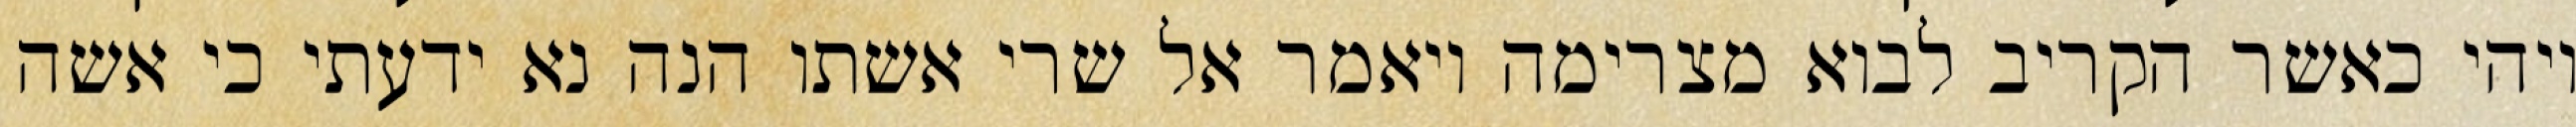
ויהי כאשר הקריב לבוא מצרימה ויאמר אל שרי אשתו הנה נא ידעתי כי אשה